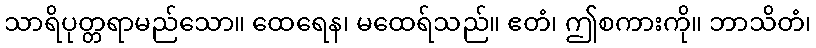
သာရိပုတ္တရာမည်သော။ ထေရေန၊ မထေရ်သည်။ ဧတံ၊ ဤစကားကို။ ဘာသိတံ၊